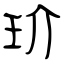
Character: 玠